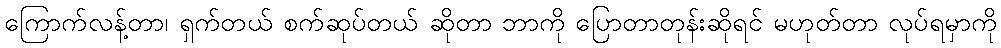
ကြောက်လန့်တာ၊ ရှက်တယ် စက်ဆုပ်တယ် ဆိုတာ ဘာကို ပြောတာတုန်းဆိုရင် မဟုတ်တာ လုပ်ရမှာကို